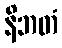
နိဘတံ